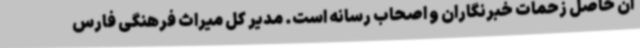
آن حاصل زحمات خبرنگاران و اصحاب رسانه است. مدیر کل میراث فرهنگی فارس